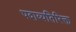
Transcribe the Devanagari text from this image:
पदाव्यतिरिक्त